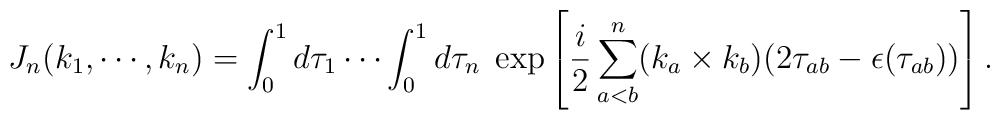
J_n (k_1, \cdots, k_n) = \int_{0}^{1} d \tau_1 \cdots \int_{0}^{1} d \tau_n \; \exp \left[  \frac{i}{2} \sum_{a<b}^n(k_a \times k_b) (2 \tau_{ab} - \epsilon (\tau_{ab})) \right].